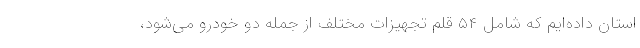
استان داده‌ایم که شامل ۵۴ قلم تجهیزات مختلف از جمله دو خودرو می‌شود،